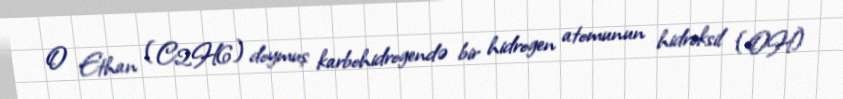
O Ethan (C2H6) doymuş karbohidrogendə bir hidrogen atomunun hidroksil (OH)